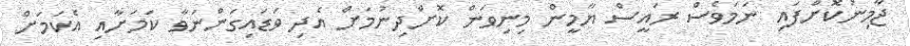
ޖާމިނުކޮށްފައި ނަމަވެސް ރައީސް ޔާމީން މިނިވަން ކޮށްދިނުމަށް އެދި ވަޑައިގަންނަވާ ކަމަށާއި އެކަމަށް